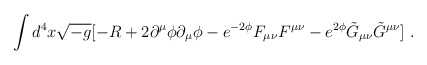
\begin{align*}\int{d^4 x \sqrt{-g} [ -R +2 \partial ^{\mu} \phi \partial _{\mu} \phi -e^{-2\phi} F_{\mu \nu} F^{\mu \nu} - e^{2\phi} \tilde{G}_{\mu \nu}\tilde{G}^{\mu \nu} ]} \ .\end{align*}